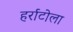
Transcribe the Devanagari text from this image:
हर्राटोला